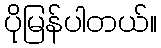
ပိုမြန်ပါတယ်။